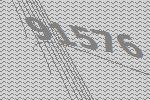
91576